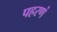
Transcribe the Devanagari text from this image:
पहरणं